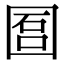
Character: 𡇱